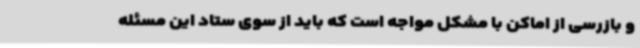
و بازرسی از اماکن با مشکل مواجه است که باید از سوی ستاد این مسئله